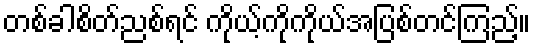
တစ်ခါစိတ်ညစ်ရင် ကိုယ့်ကိုကိုယ်အပြစ်တင်ကြည့်။